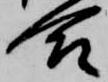
合